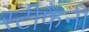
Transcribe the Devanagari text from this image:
स्टीफैनी